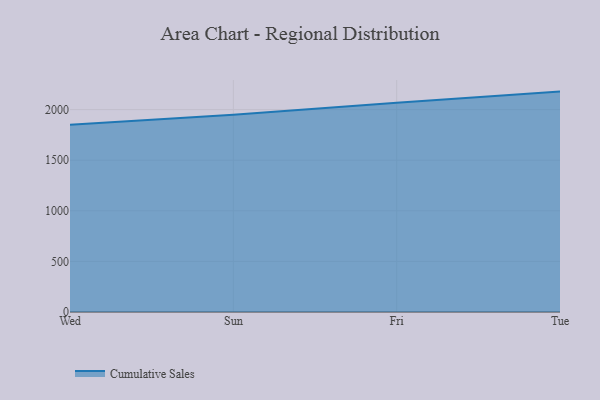
{"axis": {"x": "Day", "y": "Production Output"}, "legend": ["Cumulative Sales"], "data": [{"x": "Wed", "y": 1851.0, "type": "Cumulative Sales"}, {"x": "Sun", "y": 1948.0, "type": "Cumulative Sales"}, {"x": "Fri", "y": 2067.4, "type": "Cumulative Sales"}, {"x": "Tue", "y": 2178.0, "type": "Cumulative Sales"}]}